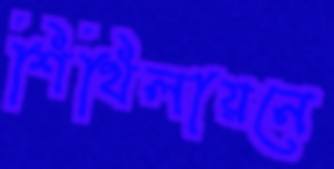
শিথিলায়নে